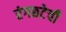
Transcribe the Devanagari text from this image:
रंगछटेची